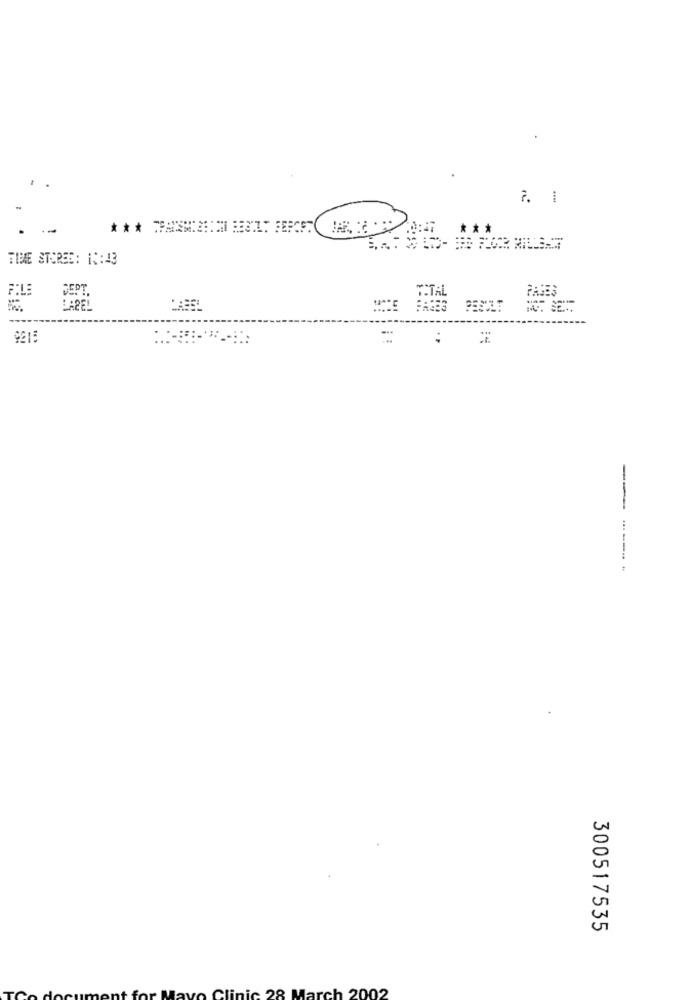
-
--
** *
FIBRE STORES: 1 :: 43
DEPT.
LABEL
---.. .
300517535
nic 28 March 2002
C